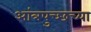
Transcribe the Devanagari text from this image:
आंत्रपुच्छच्या